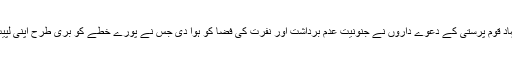
مزید کہا کہ مذہب پرستی اور نام نہاد قوم پرستی کے دعوے داروں نے جنونیت عدم برداشت اور نفرت کی فضا کو ہوا دی جس نے پورے خطے کو بری طرح اپنی لپیٹ میں لیکر خوفناک ماحول بنا دیا ۔